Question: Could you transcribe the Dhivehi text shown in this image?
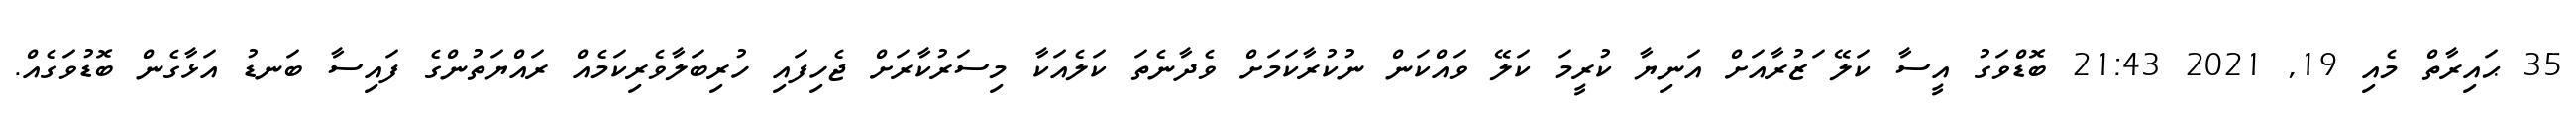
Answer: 35 ޙައިރާތް މެއި 19, 2021 21:43 ބޮޑްވަގު އީސާ ކަލޭ ަޒުރާއަށް އަނިޔާ ކުރީމަ ކަލޭ ވައްކަން ނުކުރާކަމަށް ވެދާނެތަ ކަލެއަކާ މިސަރުކާރަށް ޖެހިފައި ހުރިބަލާވެރިކަމެއް ރައްޔަތުންގެ ފައިސާ ބަނޑު އަޅާގެން ބޮޑުވަގެއް.